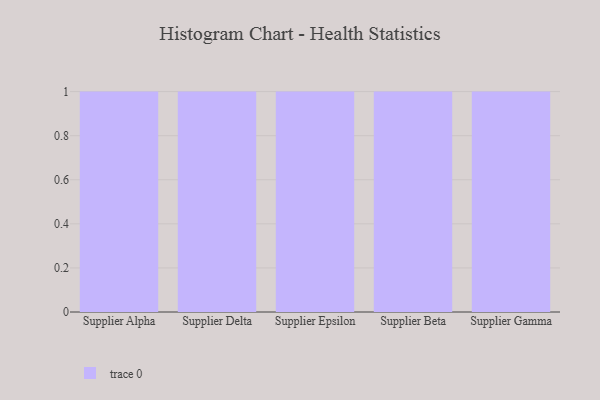
{"axis": {"x": "Supplier", "y": "Conversion Rate (%)"}, "legend": [""], "data": [{"x": "Supplier Alpha", "y": 39, "type": ""}, {"x": "Supplier Delta", "y": 56, "type": ""}, {"x": "Supplier Epsilon", "y": 96, "type": ""}, {"x": "Supplier Beta", "y": 68, "type": ""}, {"x": "Supplier Gamma", "y": 77, "type": ""}]}